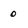
Character: 0